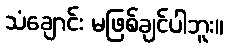
သံချောင်း မဖြစ်ချင်ပါဘူး။